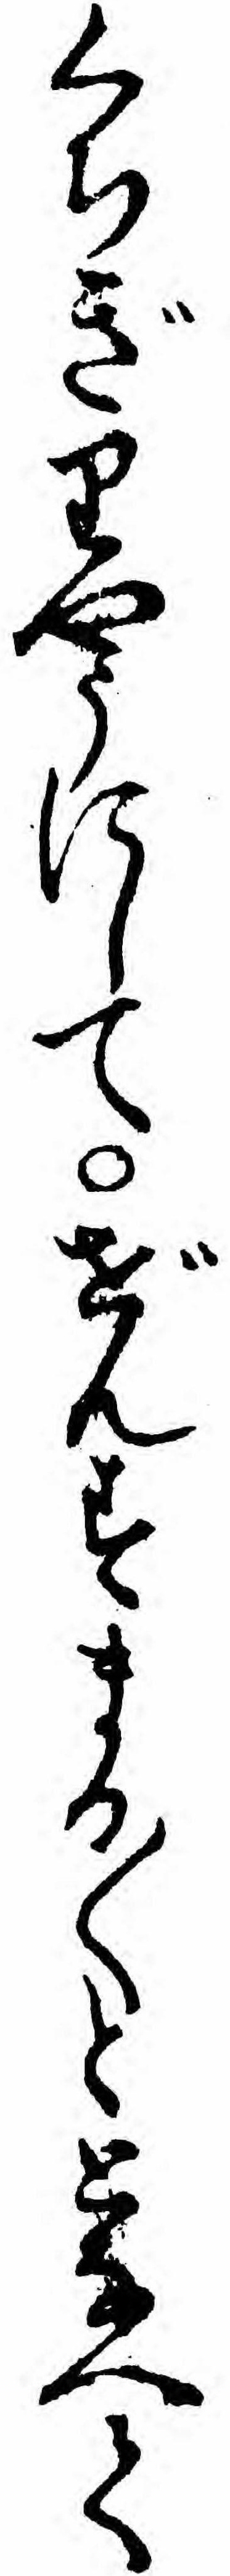
くちぎりやうにしてぜんすまる〱ととなへて